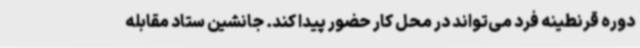
دوره قرنطینه فرد می‌تواند در محل کار حضور پیدا کند. جانشین ستاد مقابله